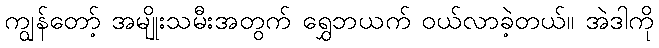
ကျွန်တော့် အမျိုးသမီးအတွက် ရွှေဘယက် ဝယ်လာခဲ့တယ်။ အဲဒါကို